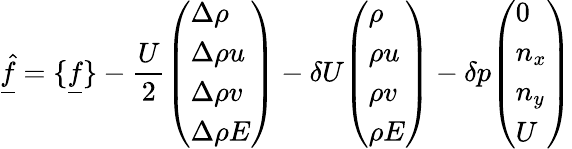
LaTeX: \underline{{\hat{f}}}=\{ \underline{{f}}\} -\frac{U}{2}\begin{array}{l}{\left(\begin{array}{l}{\Delta\rho}\\ {\Delta\rho u}\\ {\Delta\rho v}\\ {\Delta\rho E}\end{array}\right)}\end{array}-\delta U\begin{array}{l}{\left(\begin{array}{l}{\rho}\\ {\rho u}\\ {\rho v}\\ {\rho E}\end{array}\right)}\end{array}-\delta p\begin{array}{l}{\left(\begin{array}{l}{0}\\ {n_{x}}\\ {n_{y}}\\ {U}\end{array}\right)}\end{array}